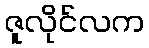
ဇူလိုင်လက